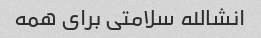
انشالله سلامتی برای همه